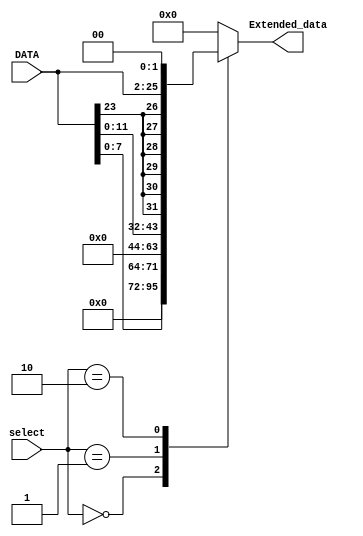
module Extender (
    output reg [31:0]Extended_data,
    input [23:0]DATA,
    input [1:0]select
);

always @(*) begin
    case (select)
        2'b00: Extended_data = {24'd0, DATA[7:0]};
        2'b01: Extended_data = {20'd0, DATA[11:0]};
        2'b10: Extended_data = {{6{DATA[23]}}, DATA[23:0], 2'b0};
        default: Extended_data = 32'd0;
    endcase
end
    
endmodule